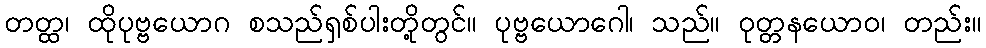
တတ္ထ၊ ထိုပုဗ္ဗယောဂ စသည်ရှစ်ပါးတို့တွင်။ ပုဗ္ဗယောဂေါ၊ သည်။ ဝုတ္တနယောဝ၊ တည်း။